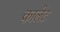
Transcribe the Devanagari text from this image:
कालेट